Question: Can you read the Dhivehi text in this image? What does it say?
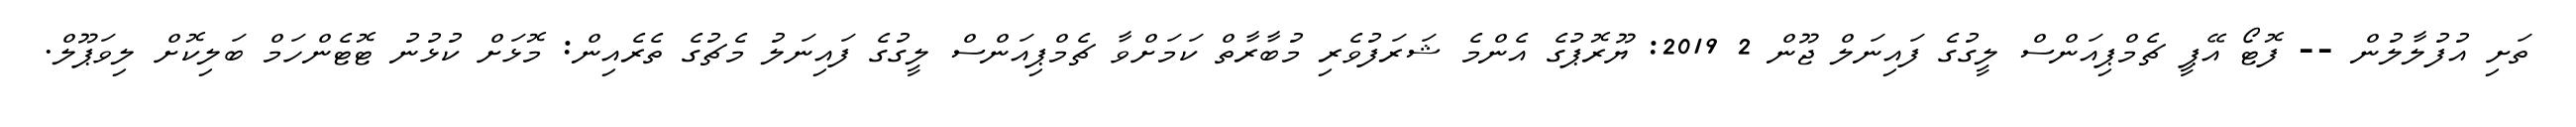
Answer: ތަށި އުފުލާލުން -- ފޮޓޯ އޭޕީ ޗެމްޕިއަންސް ލީގުގެ ފައިނަލް ޖޫން 2 2019: ޔޫރޮޕުގެ އެންމެ ޝަރަފުވެރި މުބާރާތް ކަމަށްވާ ޗެމްޕިއަންސް ލީގުގެ ފައިނަލު މެޗުގެ ތެރެއިން: މޮޅަށް ކުޅުނު ޓޮޓެންހަމް ބަލިކޮށް ލިވަޕޫލް.